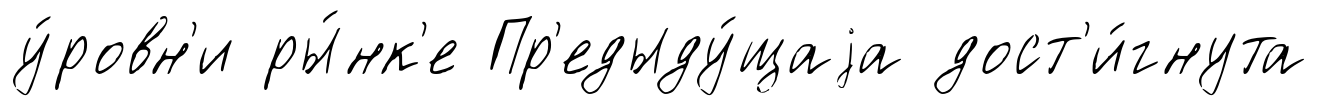
у́ровн'и ры́нк'е Пр'едыду́щаjа дост'и́гнута